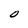
Character: O